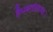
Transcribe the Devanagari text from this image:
हैमवतांस्तथा।